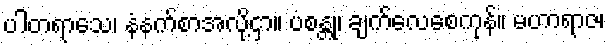
ပါတရာသေ၊ နံနက်စာအလို့ငှာ။ ပစန္တု၊ ချက်လေစေကုန်။ မဟာရာဇ၊